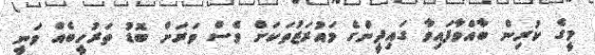
މީގެ ކުރިން ބާއްވާފައިވާ ގައިދީންގެ މައުރަޒުތަކަށް ވެސް ވަރަށް ބޮޑު ތަރުހީބެއް ވަނީ